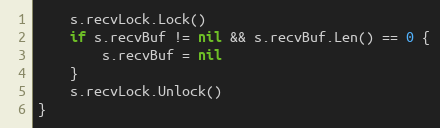
Language: Go
	s.recvLock.Lock()
	if s.recvBuf != nil && s.recvBuf.Len() == 0 {
		s.recvBuf = nil
	}
	s.recvLock.Unlock()
}